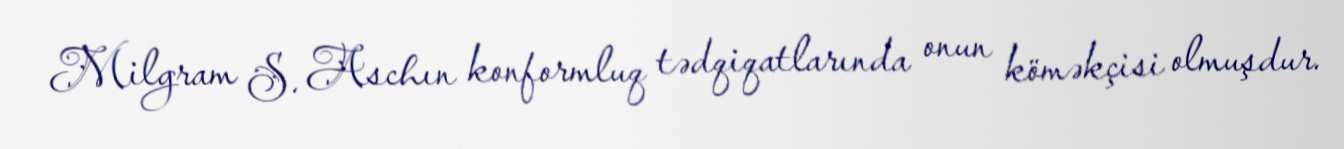
Milgram S. Aschın konformluq tədqiqatlarında onun köməkçisi olmuşdur.